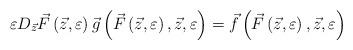
LaTeX: \begin{align*}\varepsilon D_{\vec {z}} \vec {F}\left( {\vec {z},\varepsilon } \right)\vec{g}\left( {\vec {F}\left( {\vec {z},\varepsilon } \right),\vec{z},\varepsilon } \right)=\vec {f}\left( {\vec {F}\left( {\vec{z},\varepsilon } \right),\vec {z},\varepsilon } \right)\end{align*}